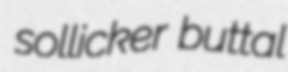
sollicker buttal